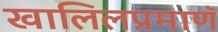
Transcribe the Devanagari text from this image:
खालिलप्रमाणॅ